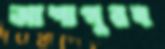
আশাপুরয